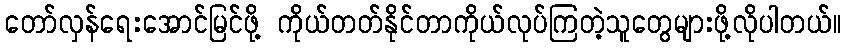
တော်လှန်ရေးအောင်မြင်ဖို့ ကိုယ်တတ်နိုင်တာကိုယ်လုပ်ကြတဲ့သူတွေများဖို့လိုပါတယ်။